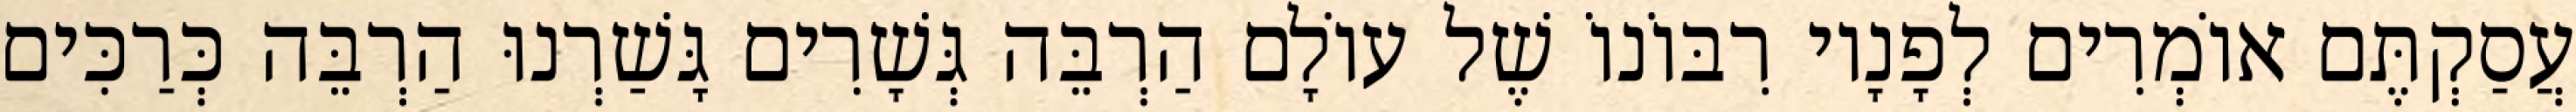
עֲסַקְתֶּם אוֹמְרִים לְפָנָיו רִבּוֹנוֹ שֶׁל עוֹלָם הַרְבֵּה גְּשָׁרִים גָּשַׁרְנוּ הַרְבֵּה כְּרַכִּים